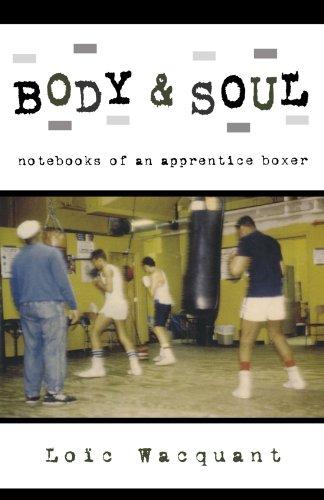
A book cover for Body & Soul: Notebooks of an Apprentice Boxer; LoÃ¯c Wacquant; Sports & Outdoors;